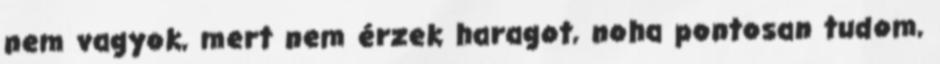
nem vagyok, mert nem érzek haragot, noha pontosan tudom,